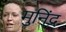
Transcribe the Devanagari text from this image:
मुनिंद्र